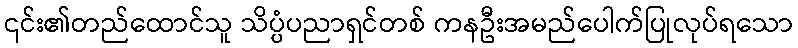
၎င်း၏တည်ထောင်သူ သိပ္ပံပညာရှင်တစ် ကနဦးအမည်ပေါက်ပြုလုပ်ရသော